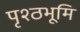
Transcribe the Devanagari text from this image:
पृश्ठभूमि